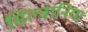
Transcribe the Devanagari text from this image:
सिल्वानिया